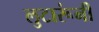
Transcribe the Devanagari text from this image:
लुटारूंनी